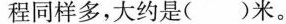
程同样多，大约是( )米。